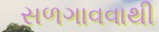
સળગાવવાથી